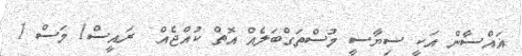
ޣައްސާން އަކީ ސިޔާސީ މުސްތަގްބަލެއް އޮތް ކުއްޖެއް  ރައީސް1 މަސް 1